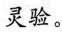
灵验。